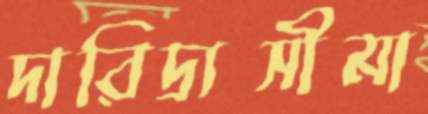
দারিদ্র্যসীমা